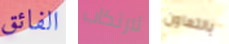
الفائق لارتكاب بالتعاون